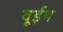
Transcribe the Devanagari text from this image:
वूईथ